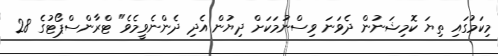
މިކަމުގައި ތިޔަ ކޮމިޝަނުން ދެވަނަ ވިސްނުމަކަށް ދިޔުން އެދި ދެންނެވީމެވެ" ޓްރާންސްޕޯޓުގެ 28